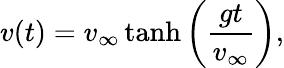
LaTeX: v(t)=v_{\infty}\operatorname{tanh}\left({\frac{gt}{v_{\infty}}}\right),